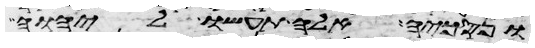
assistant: ונסכיה אלה תעשו ליהוה